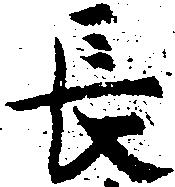
長